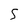
Character: S